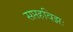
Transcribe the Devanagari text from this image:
सप्तहविझः